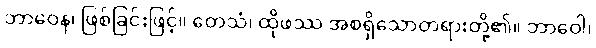
ဘာဝေန၊ ဖြစ်ခြင်းဖြင့်။ တေသံ၊ ထိုဖဿ အစရှိသောတရားတို့၏။ ဘာဝေါ၊